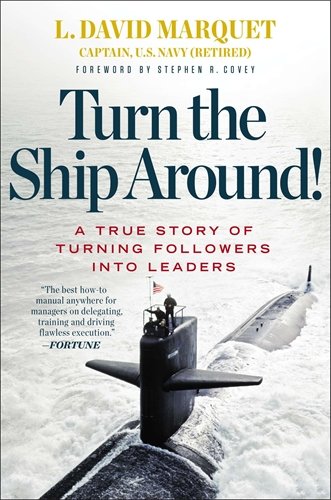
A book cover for Turn the Ship Around!: A True Story of Turning Followers into Leaders; L. David Marquet; Business & Money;